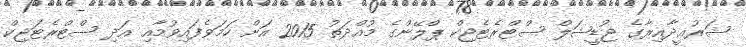
ޝަރުޢީދާއިރާގެ ޖުޑީޝަލް ސްޓްރެޓެޖިކް ޕްލޭންގެ މުއްދަތު 2015 އަށް ހަމަވެފައިވުމާއި އަދި ސްޓްރެޓަޖިކް